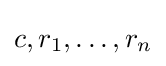
c,r_{1},\ldots ,r_{n}